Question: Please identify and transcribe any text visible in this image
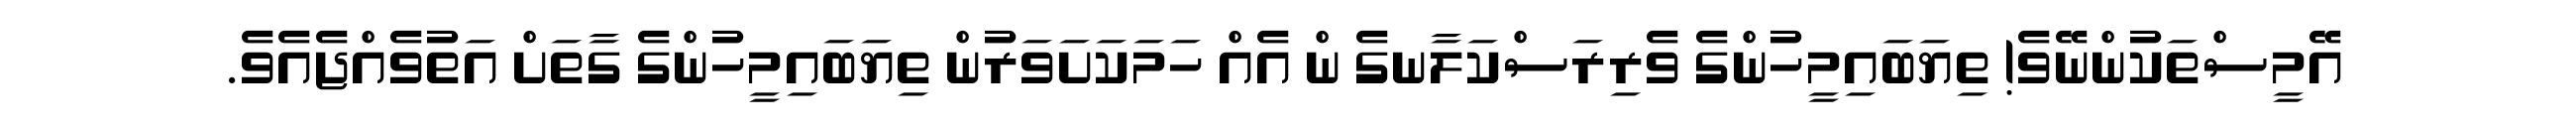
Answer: އޭމީސްތަކުންނޭވެ! ތިޔަބައިމީހުންގެ ވެރިރަސްކަލާނގެ ން އެއް ހަމަކަށަވަރުން ތިޔަބައިމީހުންގެ ގާތަށް އަތުވެއްޖެއެވެ.